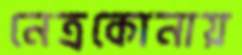
নেত্রকোনায়